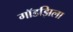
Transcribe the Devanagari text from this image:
गॉडझिला